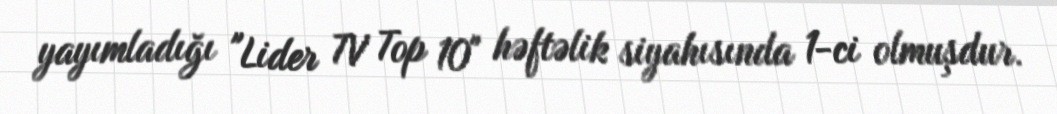
yayımladığı "Lider TV Top 10" həftəlik siyahısında 1-ci olmuşdur.